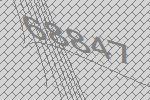
68847